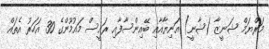
މަރްޔަމް ޝަނީޒާ (ޝާނީ) އަނިޔާއާއި ބޭއިންސާފާއި ރައީސް މައުމޫންގެ 30 އަހަރު އެތައް